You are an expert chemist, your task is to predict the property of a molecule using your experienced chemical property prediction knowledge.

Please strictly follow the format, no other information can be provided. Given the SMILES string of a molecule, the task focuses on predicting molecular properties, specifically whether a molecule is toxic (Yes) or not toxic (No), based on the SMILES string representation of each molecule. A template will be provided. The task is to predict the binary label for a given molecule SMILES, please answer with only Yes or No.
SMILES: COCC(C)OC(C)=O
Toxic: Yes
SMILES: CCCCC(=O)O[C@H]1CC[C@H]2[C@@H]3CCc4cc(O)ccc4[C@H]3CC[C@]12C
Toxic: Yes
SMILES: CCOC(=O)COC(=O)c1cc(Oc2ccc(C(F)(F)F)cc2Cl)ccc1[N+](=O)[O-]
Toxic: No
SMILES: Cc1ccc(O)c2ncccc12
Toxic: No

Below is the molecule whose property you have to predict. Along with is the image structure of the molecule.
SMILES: NCCN
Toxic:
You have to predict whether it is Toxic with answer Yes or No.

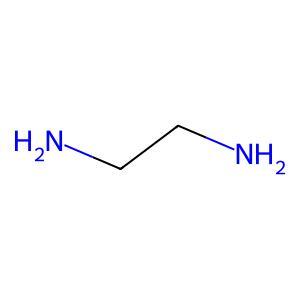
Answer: No